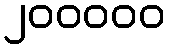
၂၀၀၀၀၀